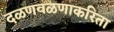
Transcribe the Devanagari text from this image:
दळणवळणाकरिता